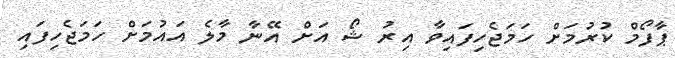
ޕާފޯމް ކުރުމަށް ހަމަޖެހިފައިވާ އިރު ޝޯ އަށް އޭނާ މާލެ އައުމަށް ހަމަޖެހިފައި